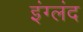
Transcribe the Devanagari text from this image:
इंग्लंद